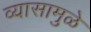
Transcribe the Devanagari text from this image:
व्यासामुळे